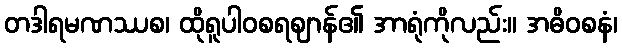
တဒါရမဏဿစ၊ ထိုရူပါဝစရဈာန်၏ အာရုံကိုလည်း။ အဓိဝစနံ၊